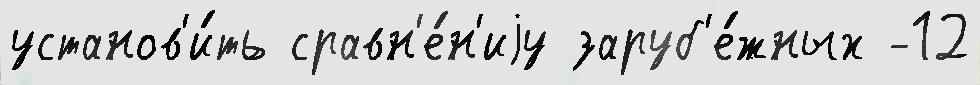
установ'и́ть сравн'е́н'иjу заруб'е́жных -12